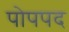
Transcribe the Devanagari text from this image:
पोपपद